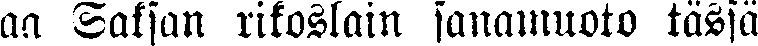
aa Saksan rikoslain sanamuoto tässä